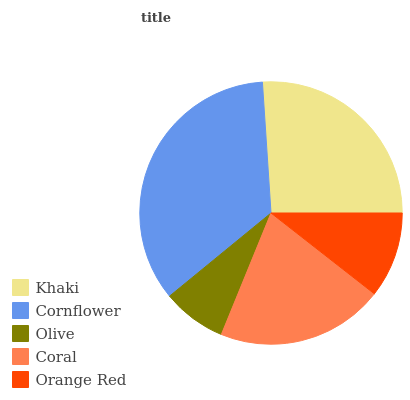
| Khaki | Cornflower | Olive | Coral | Orange Red |
 | --- | --- | --- | --- | --- |
 | 26.1% | 34.9% | 7.91% | 20.5% | 10.6% |